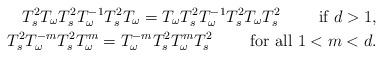
LaTeX: \begin{align*}T^2_sT_{\omega}T^2_sT_{\omega}^{-1}T^2_sT_{\omega}=T_{\omega}T^2_sT_{\omega}^{-1}T^2_sT_{\omega}T^2_s\quad\quad\mbox{ if }d>1,\\T^2_sT_{\omega}^{-m}T^2_sT_{\omega}^m=T_{\omega}^{-m}T^2_sT_{\omega}^{m}T^2_s\quad\quad\mbox{ for all }1<m<d.\end{align*}